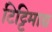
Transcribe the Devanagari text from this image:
टिट्टिमाद्य